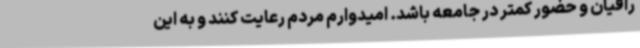
رافیان و حضور کمتر در جامعه باشد. امیدوارم مردم رعایت کنند و به این